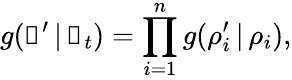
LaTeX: g(\boldsymbol\uprho^{\prime}\, |\, \boldsymbol\uprho_{t})=\prod_{i=1}^{n}g(\rho_{i}^{\prime}\, |\, \rho_{i}),